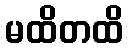
မထိတထိ